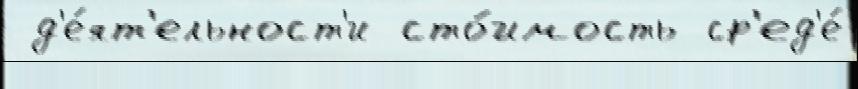
 д'е́ят'ельност'и сто́имость ср'ед'е́